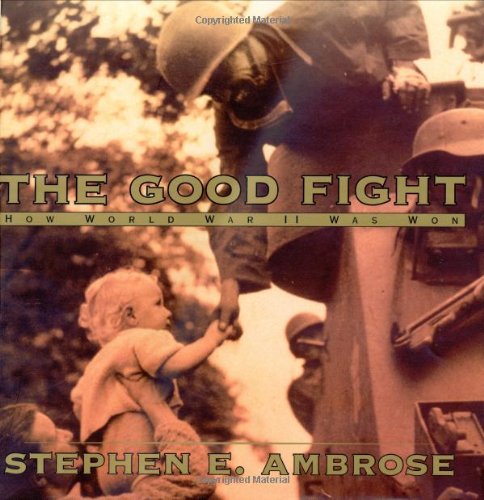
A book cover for The Good Fight : How World War II Was Won; Stephen E. Ambrose; Children's Books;